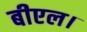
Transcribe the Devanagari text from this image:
बीएल।